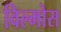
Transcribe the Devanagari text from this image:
विल्मोस